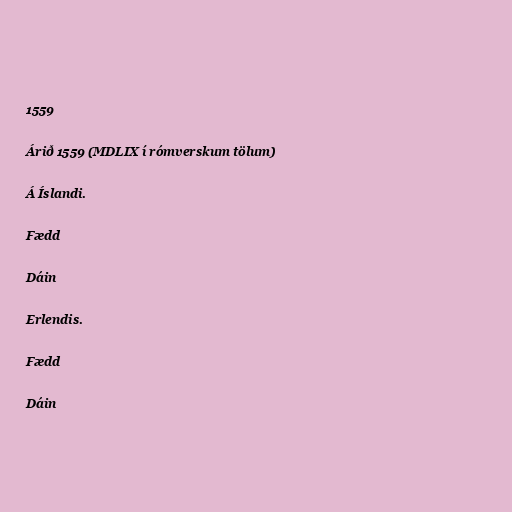
1559

Árið 1559 (MDLIX í rómverskum tölum)

Á Íslandi.

Fædd

Dáin

Erlendis.

Fædd

Dáin